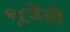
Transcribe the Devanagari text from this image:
रिजेंसी